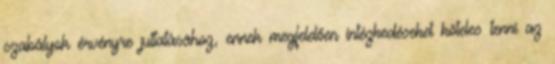
szabályok érvényre juttatásához, ennek megfelelően intézkedéseket köteles tenni az